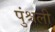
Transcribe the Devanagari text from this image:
पुंश्चली